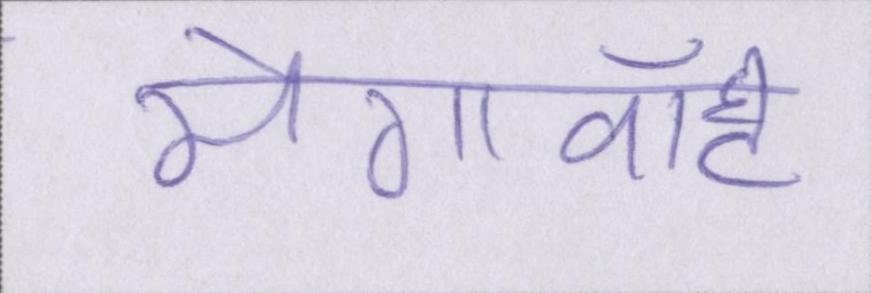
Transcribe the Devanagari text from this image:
मेगावॉट